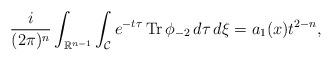
LaTeX: \begin{align*} \frac{i}{(2 \pi)^{n}}\int_{\mathbb{R}^{n-1}}\int_{\mathcal{C}} e^{-t\tau} \operatorname{Tr} \phi_{-2} \,d\tau \,d\xi =a_1(x)t^{2-n},\end{align*}